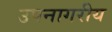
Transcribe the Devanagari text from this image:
उपनागरीय